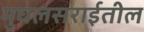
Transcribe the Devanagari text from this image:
मुघलसराईतील